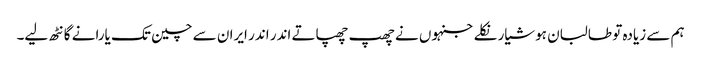
ہم سے زیادہ تو طالبان ہوشیار نکلے جنہوں نے چھپ چھپاتے اندر اندر ایران سے چین تک یارانے گانٹھ لیے۔